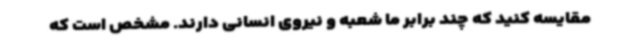
مقایسه کنید که چند برابر ما شعبه و نیروی انسانی دارند. مشخص است که